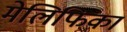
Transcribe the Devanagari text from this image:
मेलिफिका